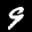
Label: 9